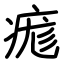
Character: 痝